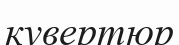
кувертюр